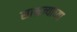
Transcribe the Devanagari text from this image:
साम्रज्याच्या